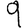
Digit: 9